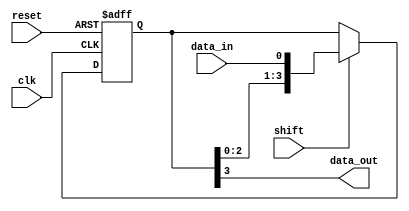
module shift_register(
    input wire clk,    // clock signal
    input wire reset,  // reset signal
    input wire shift,  // control signal for shifting data
    input wire data_in, // input data
    output reg data_out // output data
);

reg [3:0] register; // define 4-bit shift register using four flip-flops

// sequential logic for shifting data through the register
always @(posedge clk or posedge reset) begin
    if (reset) begin
        register <= 4'b0000; // reset all flip-flops to 0
    end
    else if (shift) begin
        register <= {register[2:0], data_in}; // shift data through register
    end
end

// output the data from the final flip-flop in the chain
assign data_out = register[3];

endmodule